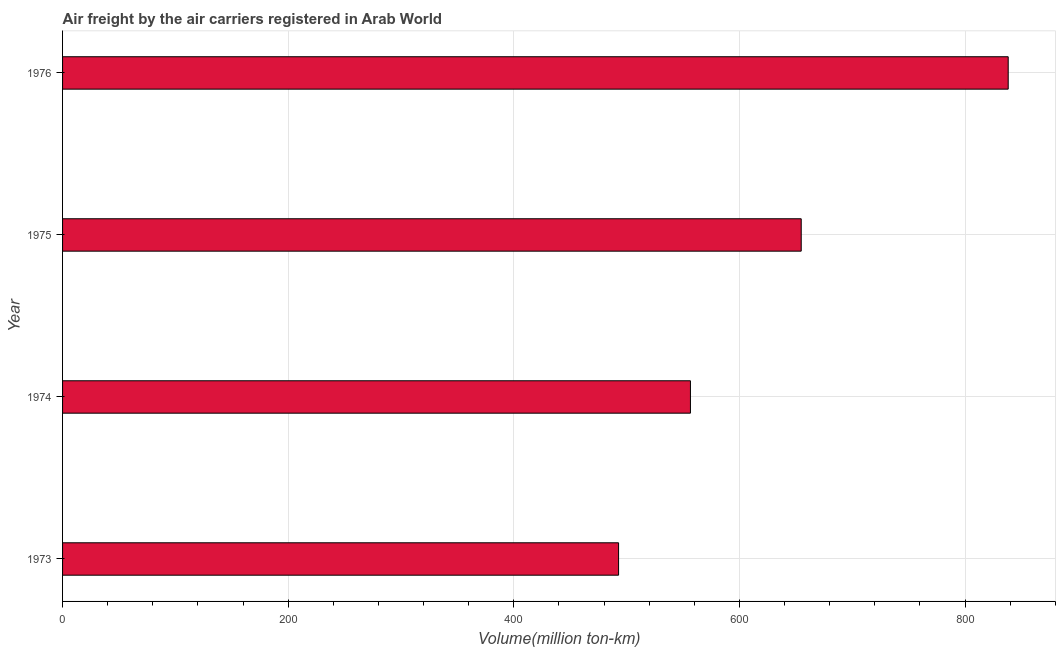
| Year | Air transport |
 | --- | --- |
 | 1973 | 493 |
 | 1974 | 557 |
 | 1975 | 655 |
 | 1976 | 838 |